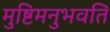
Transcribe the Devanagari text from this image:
मुष्टिमनुभवति